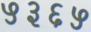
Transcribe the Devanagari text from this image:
५३६५